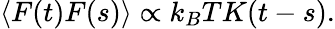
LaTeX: \langle F(t)F(s)\rangle\propto k_{B}TK(t-s).